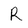
Character: R